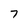
Character: 7